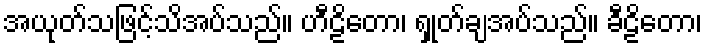
အယုတ်သဖြင့်သိအပ်သည်။ ဟီဠိတော၊ ရှုတ်ချအပ်သည်။ ခီဠိတော၊